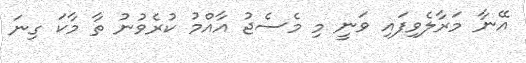
އޭނާ މަރާލެވިފައި ވަނީ މި މެސެޖު އާއްމު ކުރެވުނު ތާ މާކަ ގިނަ